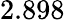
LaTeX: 2.898